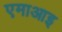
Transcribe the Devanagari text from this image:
एमाआइ